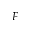
F